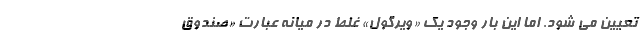
تعیین می شود. اما این بار وجود یک «ویرگول» غلط در میانه عبارت «صندوق